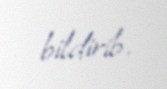
bildirib.